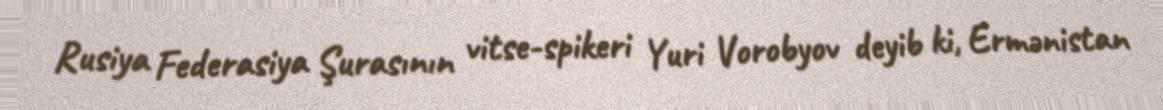
Rusiya Federasiya Şurasının vitse-spikeri Yuri Vorobyov deyib ki, Ermənistan